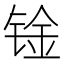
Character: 𰾑